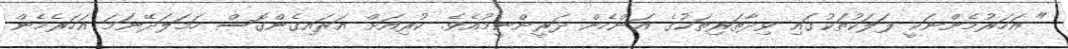
" އަހަރުމެންނަކީ ފަލަކުތަކުގައި ވިދާތަރިތަކުގެ އަންހެން ދަރީންނީމުއެވެ. ކުރިއަށް އަރައިގެންގޮސް ހަމަލަދޭނަމަ އަހަރެމެން